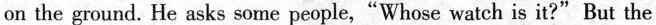
on the ground. He asks some people,“Whose watch is it?" But the